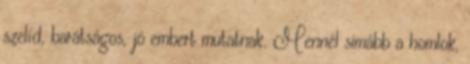
szelíd, barátságos, jó embert mutatnak. Mennél simább a homlok,